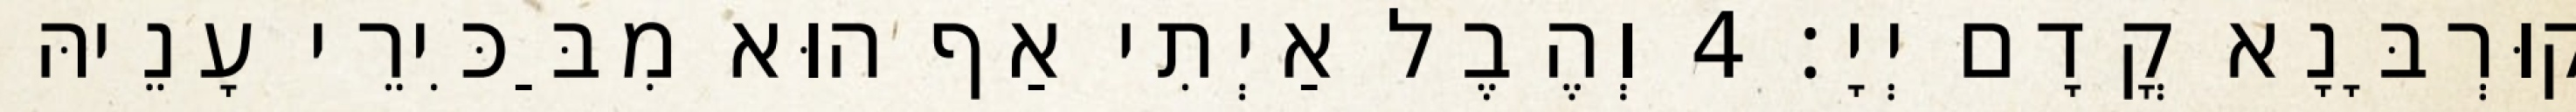
קוּרְבָּנָא קֳדָם יְיָ׃ 4 וְהֶבֶל אַיְתִי אַף הוּא מִבַּכִּירֵי עָנֵיהּ